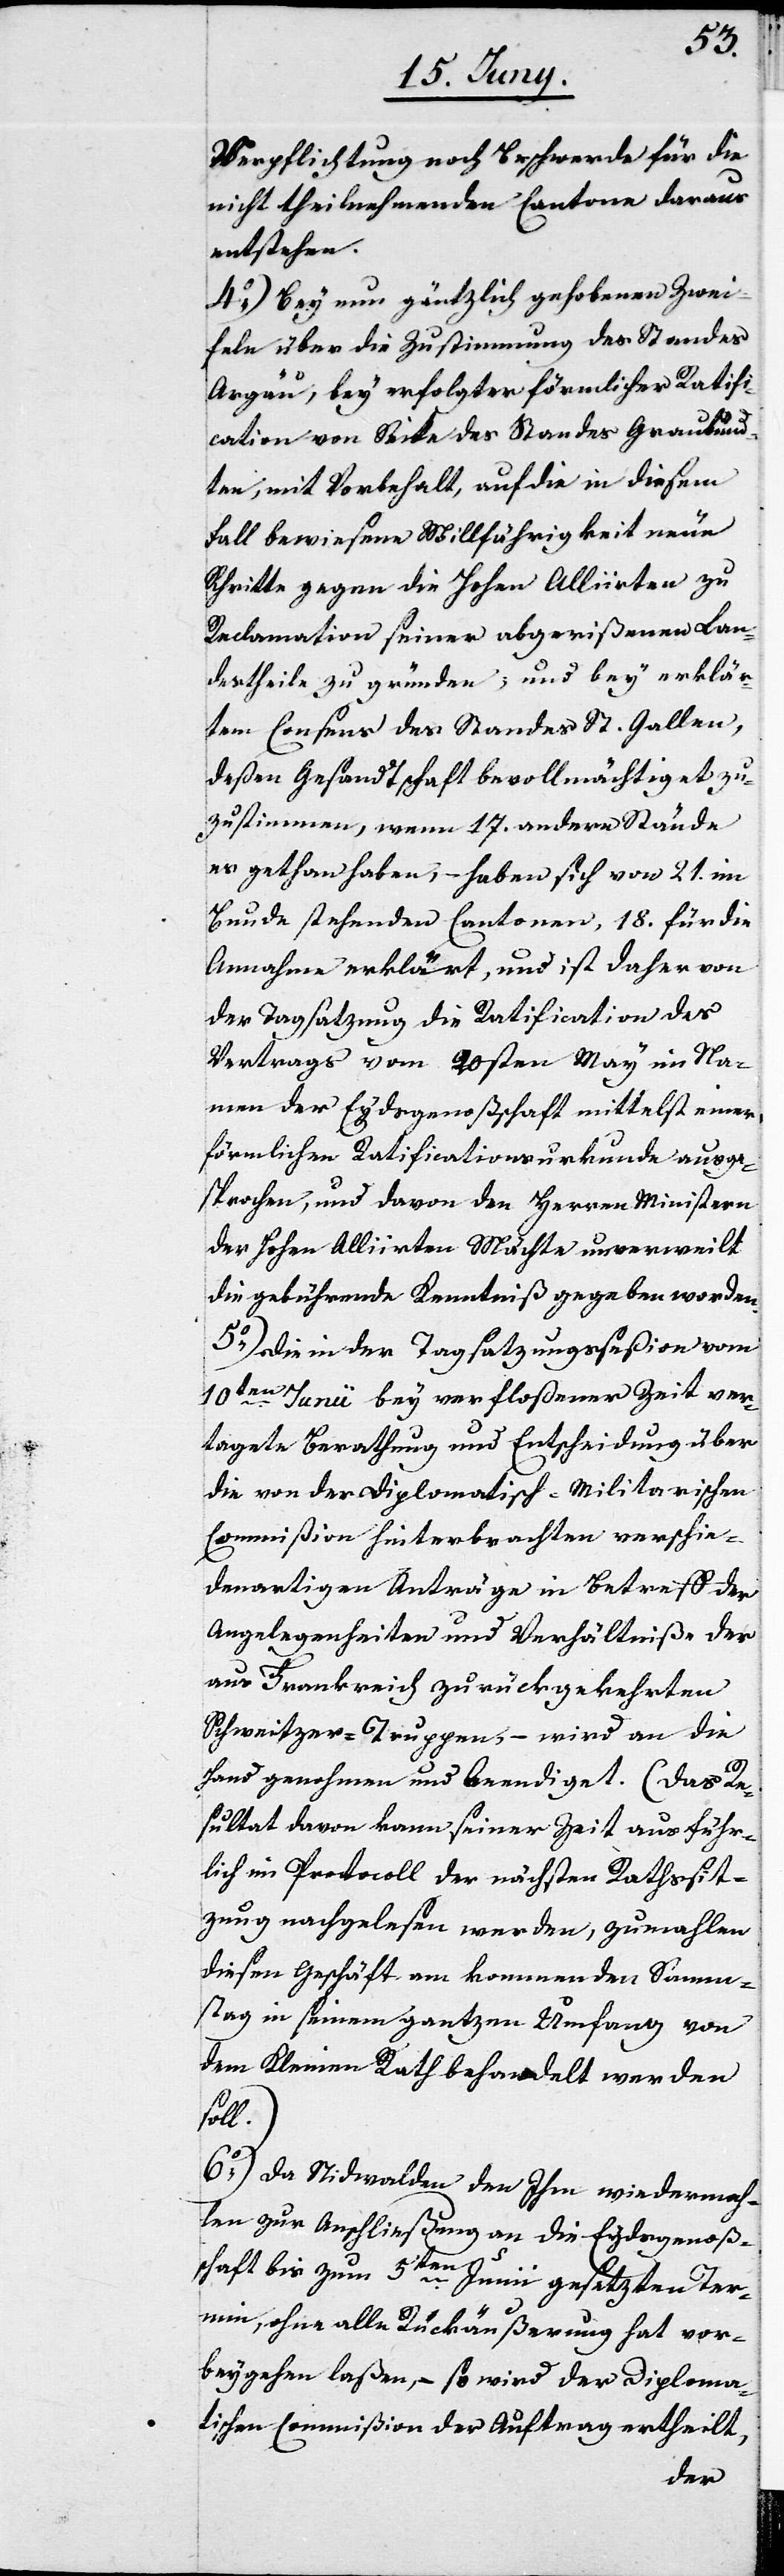
Verpflichtung noch Beschwerde für die
nicht theilnehmenden Cantone daraus
entstehen.
4o) Bey nun gäntzlich gehobenen Zwei¬
feln über die Zustimmung des Standes
Argäu, bey erfolgter förmlicher Ratifi¬
cation von Seite des Standes Graubünd¬
ten, mit Vorbehalt, auf die in diesem
Fall bewiesene Willfährigkeit neue
Schritte gegen die Hohen Alliirten zu
Reclamation seiner abgerißenen Lan¬
destheile zu gründen; und bey erklär¬
tem Consens des Standes St. Gallen,
deßen Gesandtschaft bevollmächtiget zu¬
zustimmen, wenn 17. andere Stände
es gethan haben, – haben sich von 21. im
Bunde stehenden Cantonen, 18. für die
Annahme erklärt, und ist daher von
der Tagsatzung die Ratification des
Vertrags vom 20sten May im Na¬
men der Eydsgenoßschaft mittelst einer
förmlichen Ratificationsurkunde ausge¬
sprochen, und davon den Herren Ministern
der Hohen Alliirten Mächte unverweilt
die gebührende Kenntniß gegeben worden.
5o) Die in der Tagsatzungsseßion vom
10ten Junii bey verfloßener Zeit ver¬
tagete Berathung und Entscheidung über
die von der Diplomatisch-Militarischen
Commißion hinterbrachten verschie¬
denartigen Anträge in Betreff der
Angelegenheiten und Verhältniße der
aus Frankreich zurückgekehrten
Schweitzer-Truppen – wird an die
Hand genohmen und beendiget. (Das Re¬
sultat davon kann seiner Zeit ausführ¬
lich im Protocoll der nächsten Rathssit¬
zung nachgelesen werden, zumahlen
dieses Geschäft am kommenden Samm¬
stag in seinem gantzen Umfang von
dem Kleinen Rath behandelt werden
soll.)
6o) Da Nidwalden den Ihm wiedermah¬
len zur Anschließung an die Eydsgenoßen¬
schaft bis zum 5ten Junii gesetzten Ter¬
min, ohne alle Rückäußerung hat vor¬
beygehen laßen, – so wird der Diploma¬
tischen Commißion der Auftrag ertheilt,